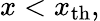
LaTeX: x<x_{\mathrm{th}},